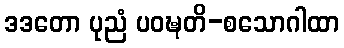
ဒဒတော ပုညံ ပဝဍ္ဎတိ-စသောဂါထာ